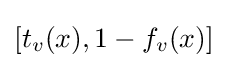
[t_{v}(x),1-f_{v}(x)]